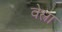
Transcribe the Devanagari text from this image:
वेस्त्रा